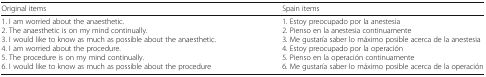
<table><thead><tr><td><b>Original items</b></td><td><b>Spain items</b></td></tr></thead><tbody><tr><td>1. I am worried about the anaesthetic.2. The anaesthetic is on my mind continually.3. I would like to know as much as possible about the anaesthetic.4. I am worried about the procedure.5. The procedure is on my mind continually.6. I would like to know as much as possible about the procedure</td><td>1. Estoy preocupado por la anestesia2. Pienso en la anestesia continuamente3. Me gustaría saber lo máximo posible acerca de la anestesia4. Estoy preocupado por la operación5. Pienso en la operación continuamente6. Me gustaría saber lo máximo posible acerca de la operación</td></tr></tbody></table>